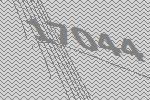
17044